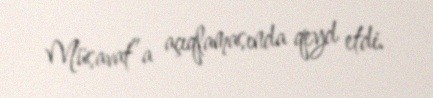
Müsavat”a açıqlamasında qeyd etdi.